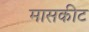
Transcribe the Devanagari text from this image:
मासकीट